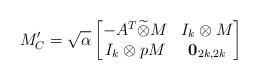
LaTeX: \begin{align*}M'_C=\sqrt{\alpha}\begin{bmatrix}-A^T \widetilde{\otimes} M & I_k\otimes M\\I_{k}\otimes pM & {\bf 0}_{2k,2k}\end{bmatrix}\end{align*}